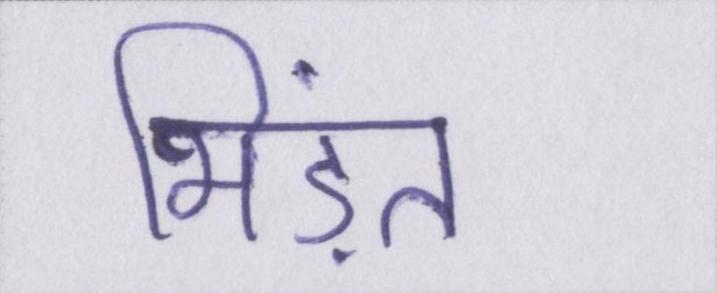
भिड़ंत